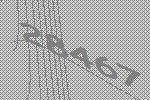
28467